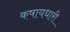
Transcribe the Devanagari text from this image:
कषायधारी